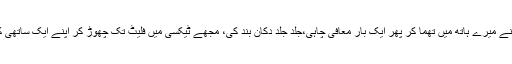
‘‘ یہ کہہ کر لفافہ اس نے میرے ہاتھ میں تھما کر پھر ایک بار معافی چاہی،جلد جلد دُکان بند کی، مجھے ٹیکسی میں فلیٹ تک چھوڑ کر اپنے ایک ساتھی کے ساتھ کہیں چلا گیا۔